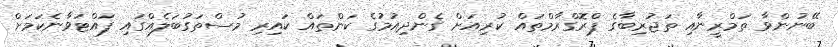
ބޭނުންވާ ތަމްރީނާއި ތަޖުރިބާގެ ޕްރޮގްރާމްތައް ކުރިއަށް ގެންދިއުމުގެ ކަންތައް ކައިރި މުސްތަގުބަލެއްގައި ފައްޓަވާނެކަމަށް